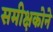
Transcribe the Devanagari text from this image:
समीक्षकोने